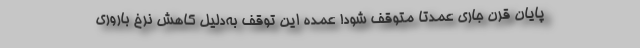
پایان قرن جاری عمدتاً متوقف شود! عمده این توقف به‌دلیل کاهش نرخ باروری